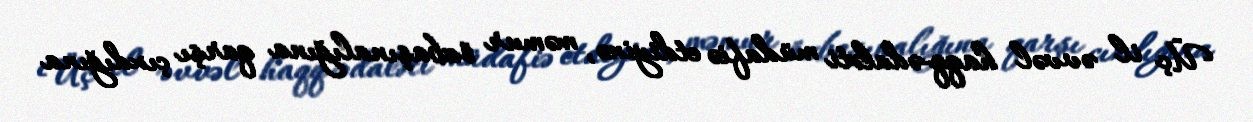
Üç il əvvəl haqq-ədaləti müdafiə etdiyinə, məmur özbaşınalığına qarşı çıxdığına